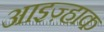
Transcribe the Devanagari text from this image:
आइज़्हाक